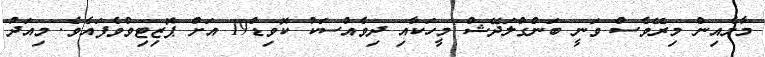
މާލެއިން މިރޭވެސް ވަނީ ބަންގްލަދޭޝް މީހަކާއި ދިވެއްސަކު ކޮވިޑް19 އަށް ޕޮޒިޓިވްވެފައެވެ. މިއަދު